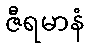
ဇီရမာနံ